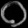
Digit: ၀